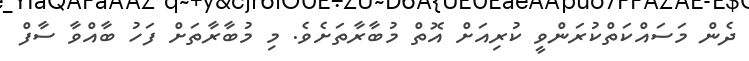
ދެން މަސައްކަތްކުރަންވީ ކުރިއަށް އޮތް މުބާރާތަށެވެ. މި މުބާރާތަށް ފަހު ބާއްވާ ސާފް